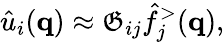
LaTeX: \hat{u}_{i}(\mathbf{q})\approx\mathfrak{G}_{ij}\hat{f}_{j}^{>}(\mathbf{q}),